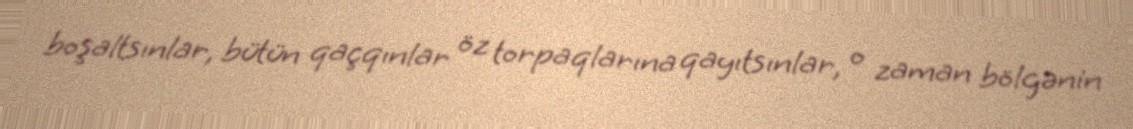
boşaltsınlar, bütün qaçqınlar öz torpaqlarına qayıtsınlar, o zaman bölgənin